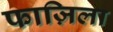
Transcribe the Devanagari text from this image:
फाज़िला